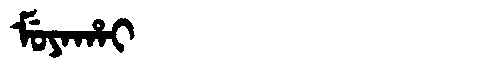
Manchu: ᠮᡠᠶᠠᡥᠠᡳ
Romanization: MUYAHAI